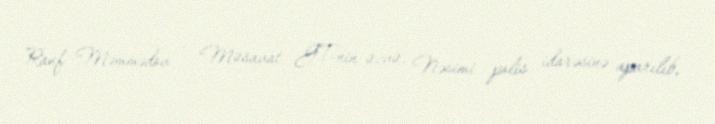
Rauf Məmmədov - Müsavat GT-nin üzvü, Nəsimi polis idarəsinə aparılıb,